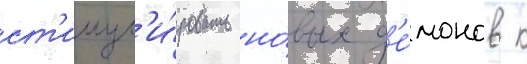
ст'имул'и́ровать но́вых д'е́монов к